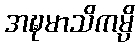
အဍ္ဎမာသိကမ္ပိ